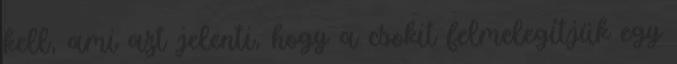
kell, ami azt jelenti, hogy a csokit felmelegítjük egy